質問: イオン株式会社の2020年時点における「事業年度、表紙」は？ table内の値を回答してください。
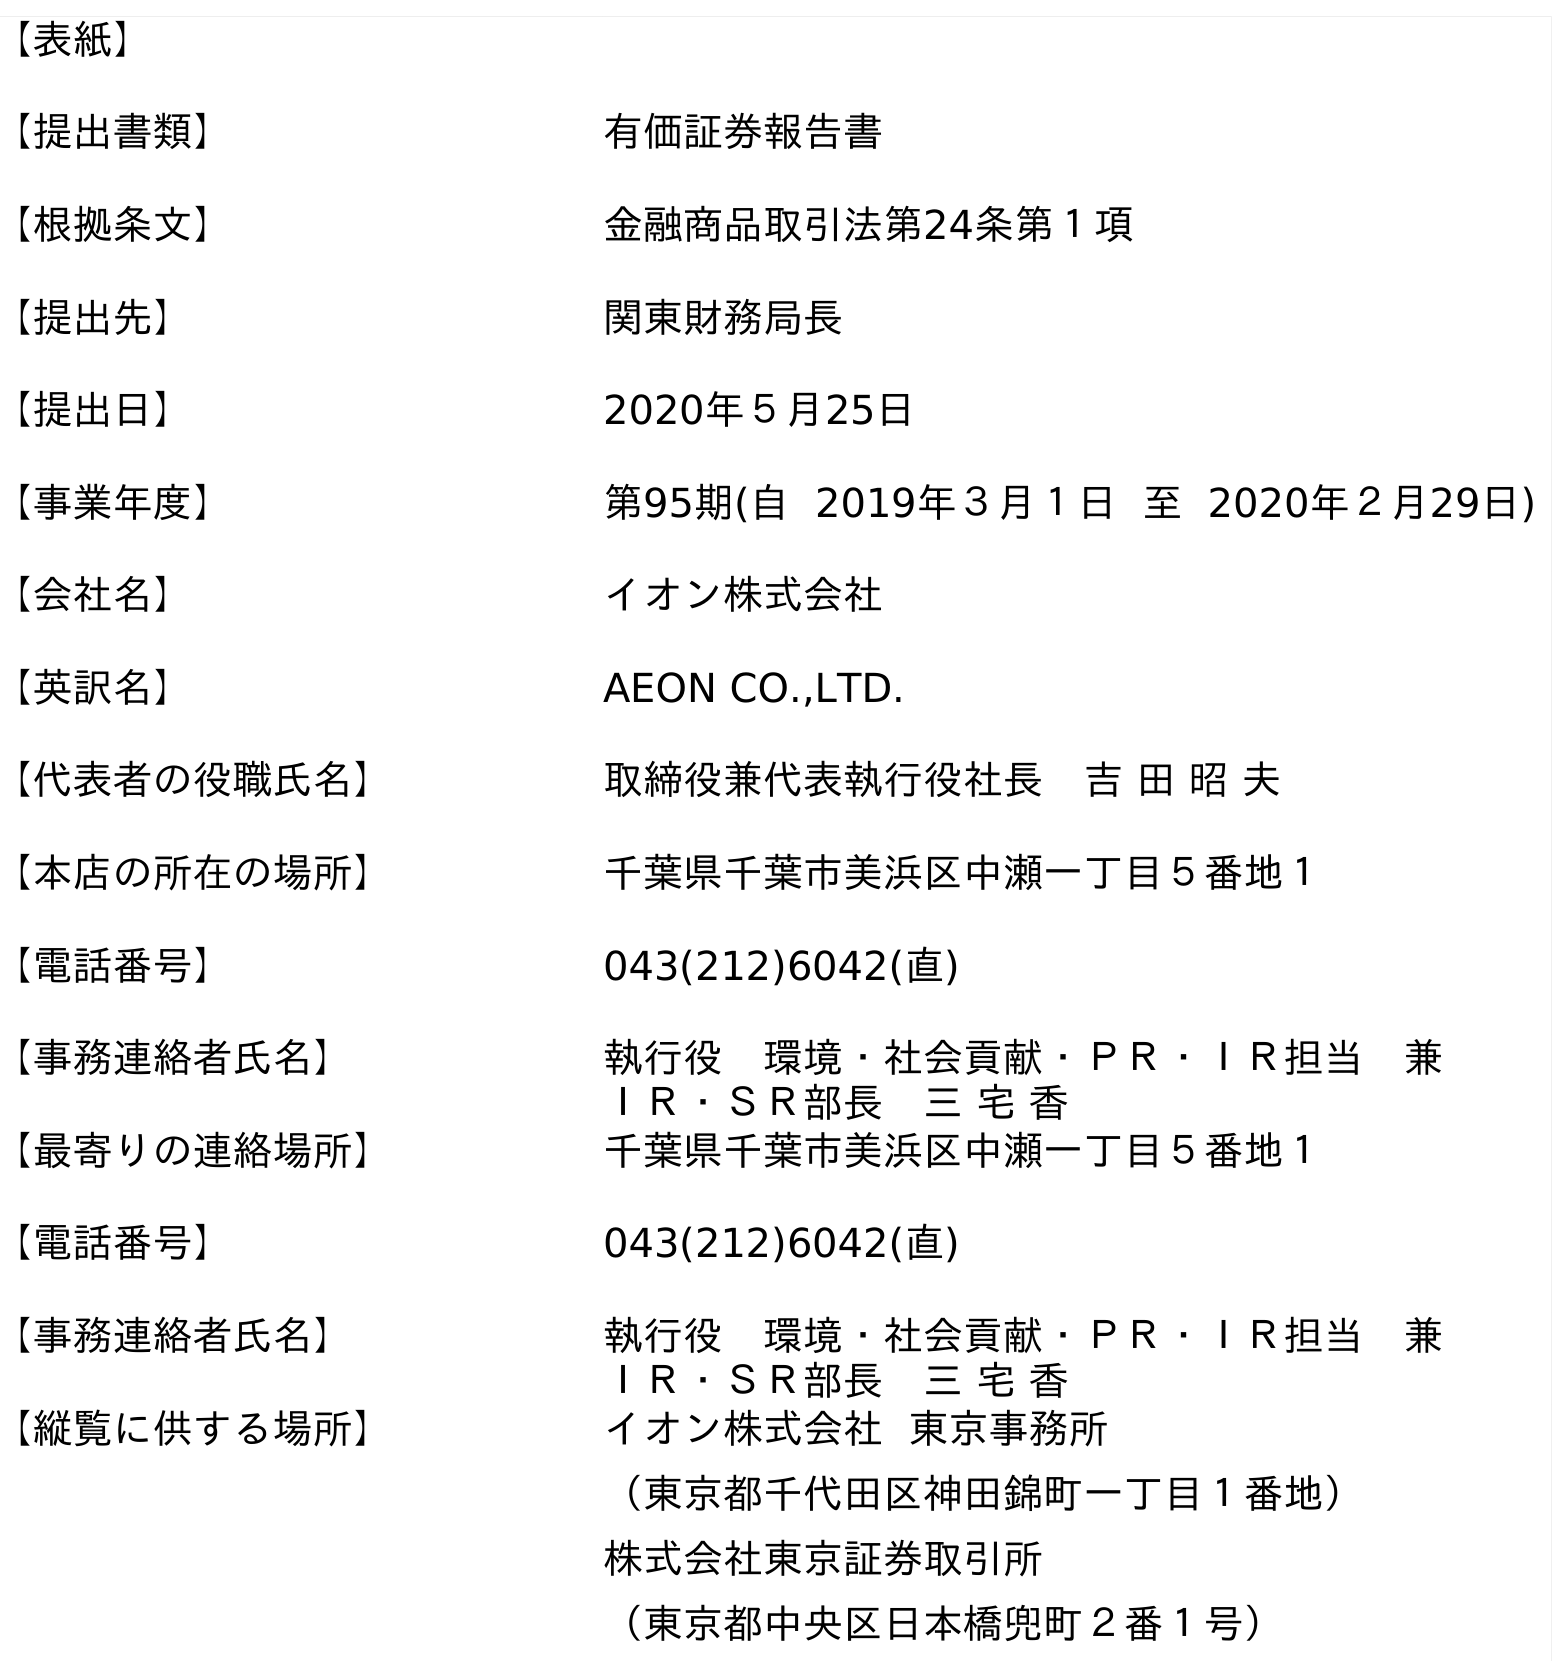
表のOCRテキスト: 【表紙】 【提出書類】 有価証券報告書 【根拠条文】 金融商品取引法第24条第１項 【提出先】 関東財務局長 【提出日】 2020年５月25日 【事業年度】 第95期(自 2019年３月１日 至 2020年２月29日) 【会社名】 イオン株式会社 【英訳名】 AEON CO.,LTD. 【代表者の役職氏名】 取締役兼代表執行役社長 吉 田 昭 夫 【本店の所在の場所】 千葉県千葉市美浜区中瀬一丁目５番地１ 【電話番号】 043(212)6042(直) 【事務連絡者氏名】 執行役 環境・社会貢献・ＰＲ・ＩＲ担当 兼 ＩＲ・ＳＲ部長 三 宅 香 【最寄りの連絡場所】 千葉県千葉市美浜区中瀬一丁目５番地１ 【電話番号】 043(212)6042(直) 【事務連絡者氏名】 執行役 環境・社会貢献・ＰＲ・ＩＲ担当 兼 ＩＲ・ＳＲ部長 三 宅 香 【縦覧に供する場所】 イオン株式会社 東京事務所 （東京都千代田区神田錦町一丁目１番地） 株式会社東京証券取引所 （東京都中央区日本橋兜町２番１号）
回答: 第95期(自2019年３月１日至2020年２月29日)